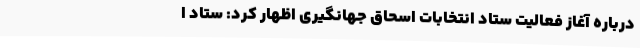
درباره آغاز فعالیت ستاد انتخابات اسحاق جهانگیری اظهار کرد: ستاد ا